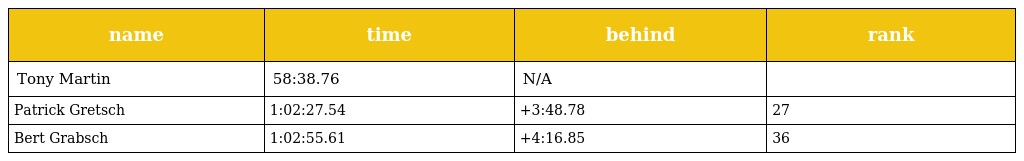
| name | time | behind | rank |
 | --- | --- | --- | --- |
 | Tony Martin | 58:38.76 | N/A |  |
 | Patrick Gretsch | 1:02:27.54 | +3:48.78 | 27 |
 | Bert Grabsch | 1:02:55.61 | +4:16.85 | 36 |